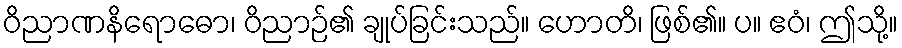
ဝိညာဏနိရောဓော၊ ဝိညာဉ်၏ ချုပ်ခြင်းသည်။ ဟောတိ၊ ဖြစ်၏။ ပ။ ဧဝံ၊ ဤသို့။